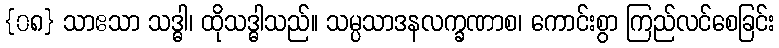
{၀၈} သာဧသာ သဒ္ဓါ၊ ထိုသဒ္ဓါသည်။ သမ္ပသာဒနလက္ခဏာစ၊ ကောင်းစွာ ကြည်လင်စေခြင်း